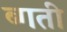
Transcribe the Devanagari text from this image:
ब्गती